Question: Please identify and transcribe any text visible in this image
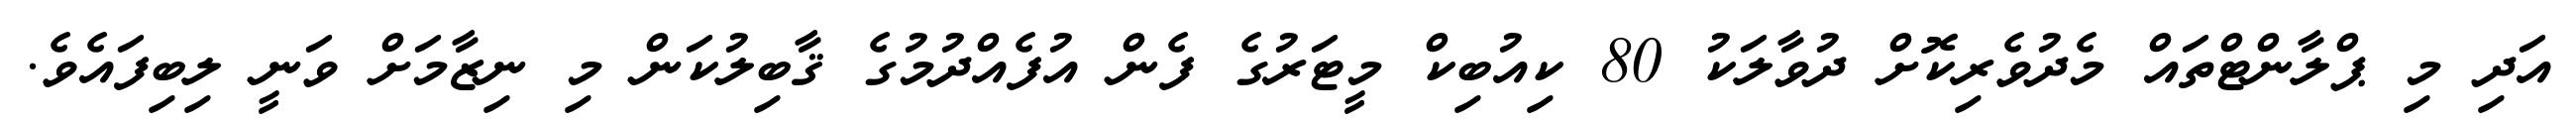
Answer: އަދި މި ޕްލާންޓްތައް މެދުވެރިކޮށް ދުވާލަކު 80 ކިއުބިކް މީޓަރުގެ ފެން އުފެއްދުމުގެ ޤާބިލުކަން މި ނިޒާމަށް ވަނީ ލިބިފައެވެ.